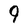
Character: 9